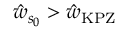
\hat { w } _ { s _ { 0 } } > \hat { w } _ { \mathrm { \tiny K P Z } }